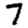
Digit: 7